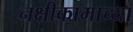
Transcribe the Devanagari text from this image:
नक्षीकामाच्या